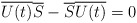
\begin{align*}\overline{U(t)}\overline{S}-\overline{S}\overline{U(t)}=0\end{align*}